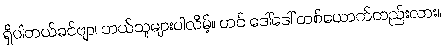
ရှိပါတယ်ခင်ဗျာ၊ ဘယ်သူများပါလိမ့်။ ဟင် ဒေါ်ဒေါ် တစ်ယောက်တည်းလား။